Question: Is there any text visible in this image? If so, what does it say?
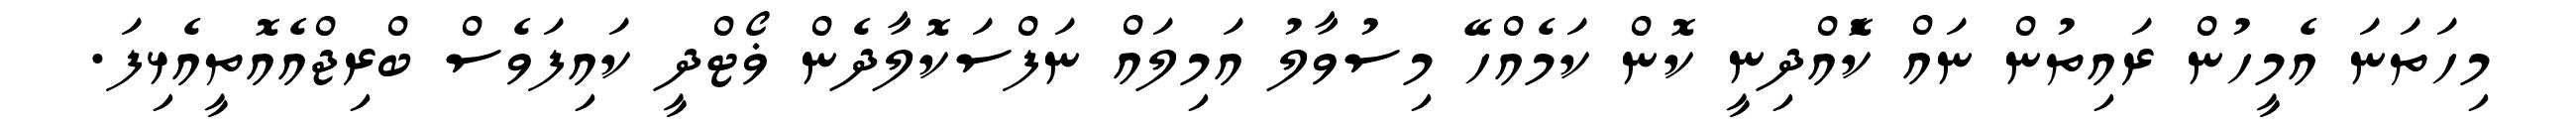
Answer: މިހަތަނަ އެމީހުން ރައިތުން ނައް ކޮެއްދިނީ ކޮން ކަމެއްހޭ މިސުވާލު އަމިލައް ނަފްސަކޮލާދެން ޥޯޓްދީ ކައިފަވެސް ބްރިޖްއެއޮތީއެޅިފަ.